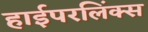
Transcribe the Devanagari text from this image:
हाईपरलिंक्स